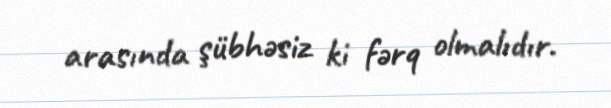
arasında şübhəsiz ki fərq olmalıdır.